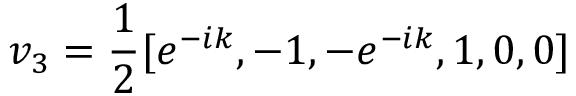
v _ { 3 } = \frac { 1 } { 2 } [ e ^ { - i k } , - 1 , - e ^ { - i k } , 1 , 0 , 0 ]